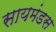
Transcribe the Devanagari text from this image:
सायमंडस